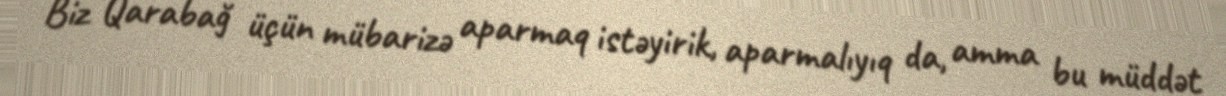
Biz Qarabağ üçün mübarizə aparmaq istəyirik, aparmalıyıq da, amma bu müddət